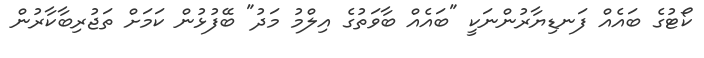
ކޯޓުގެ ބައެއް ފަނޑިޔާރުންނަކީ "ބައެއް ބާވަތުގެ އިލްމު މަދު" ބޭފުޅުން ކަމަށް ތަޖުރިބާކާރުން